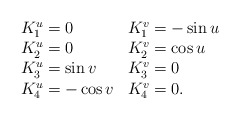
\begin{align*}\begin{array}{l l }K_{1}^{u}= 0 &K_{1}^{v}=-\sin u \\ K_{2}^{u}=0 &K_{2}^{v}=\cos u \\K_{3}^{u}= \sin v &K_{3}^{v}=0 \\K_{4}^{u}= -\cos v & K_{4}^{v}=0 . \\\end{array}\end{align*}